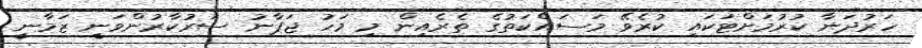
ހަރުދަނާ ކުރުމަށްޓަކައި ކުރެވޭ މަސައްކަތުގެ ތެރެއިން މި މަހު ޖަޕާނު ސަރުކާރުންވަނީ ޒަމާނީ